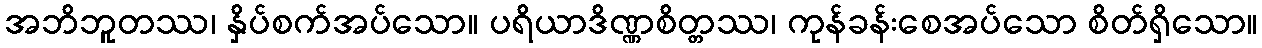
အဘိဘူတဿ၊ နှိပ်စက်အပ်သော။ ပရိယာဒိဏ္ဏစိတ္တဿ၊ ကုန်ခန်းစေအပ်သော စိတ်ရှိသော။